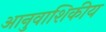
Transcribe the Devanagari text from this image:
आनुवाशिकीय